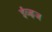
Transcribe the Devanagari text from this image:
ईव्ह्‌ज